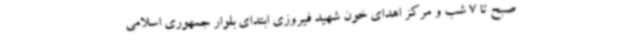
صبح تا 7 شب و مرکز اهدای خون شهید فیروزی ابتدای بلوار جمهوری اسلامی